Indian journal of veterinary science and animal husbandry - Volume 9,
Year: 1939
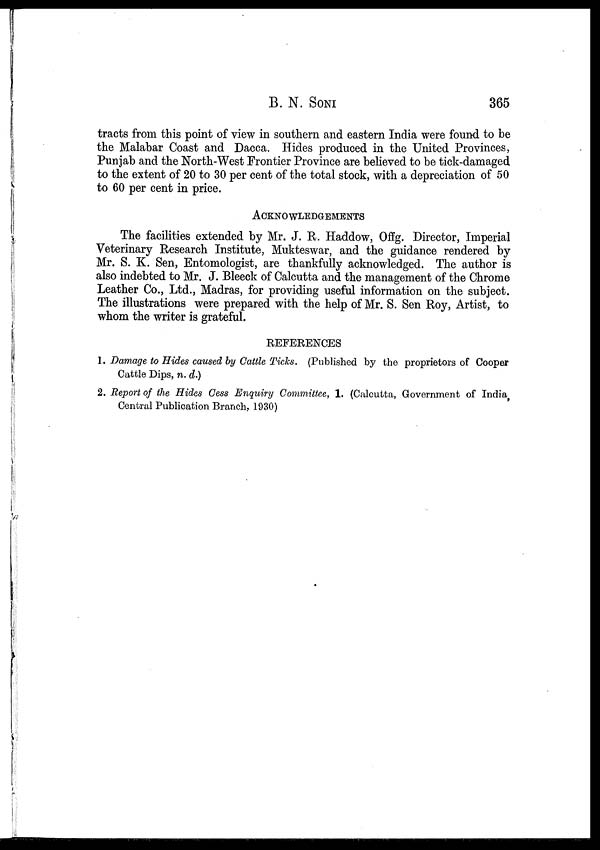
B. N.
SONI
365
tracts from this point of view in southern and eastern India were found to be
the Malabar Coast and Dacca. Hides produced in the United Provinces,
Punjab and the North-West Frontier Province are believed to be tick-damaged
to the extent of 20 to 30 per cent of the total stock, with a depreciation of 50
to 60 per cent in price.
ACKNOWLEDGEMENTS
The facilities extended by Mr. J. R. Haddow, Offg. Director, Imperial
Veterinary Research Institute, Mukteswar, and the guidance rendered by
Mr. S. K. Sen, Entomologist, are thankfully acknowledged. The author is
also indebted to Mr. J. Bleeck of Calcutta and the management of the Chrome
Leather Co., Ltd., Madras, for providing useful information on the subject.
The illustrations were prepared with the help of Mr. S. Sen Roy, Artist, to
whom the writer is grateful.
REFERENCES
1. Damage to Hides caused by Cattle Ticks. (Published by the proprietors of Cooper
Cattle Dips, n. d.)
2. Report of the Hides Cess Enquiry Committee, 1. (Calcutta, Government of India,
Central Publication Branch, 1930)